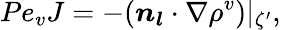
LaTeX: Pe_{v}J=-(\boldsymbol{n_{l}}\cdot\nabla\rho^{v})|_{\zeta^{\prime}},